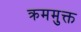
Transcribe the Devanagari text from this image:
क्रममुक्त